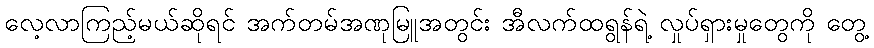
လေ့လာကြည့်မယ်ဆိုရင် အက်တမ်အဏုမြူအတွင်း အီလက်ထရွန်ရဲ့ လှုပ်ရှားမှုတွေကို တွေ့